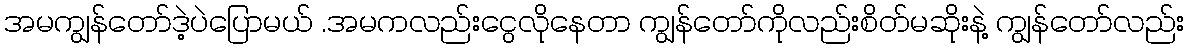
အမကျွန်တော်ဒဲ့ပဲပြောမယ် .အမကလည်းငွေလိုနေတာ ကျွန်တော်ကိုလည်းစိတ်မဆိုးနဲ့ ကျွန်တော်လည်း